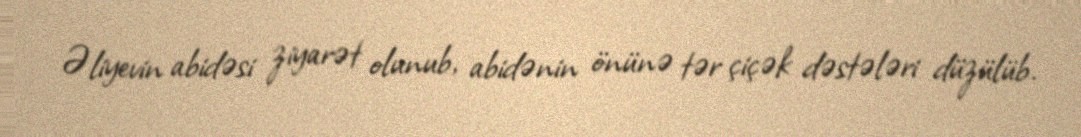
Əliyevin abidəsi ziyarət olunub, abidənin önünə tər çiçək dəstələri düzülüb.